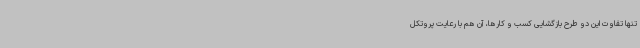
تنها تفاوت این دو طرح بازگشایی کسب و کارها، آن هم با رعایت پروتکل